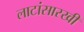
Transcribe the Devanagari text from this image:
लाटांसारखी